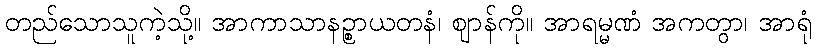
တည်သောသူကဲ့သို့။ အာကာသာနဉ္စာယတနံ၊ ဈာန်ကို။ အာရမ္မဏံ အကတွာ၊ အာရုံ